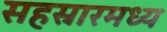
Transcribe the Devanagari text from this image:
सहस्रारमध्य